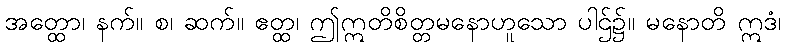
အတ္ထော၊ နက်။ စ၊ ဆက်။ ဧတ္ထ၊ ဤဣတိစိတ္တမနောဟူသော ပါဌ်၌။ မနောတိ ဣဒံ၊